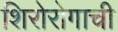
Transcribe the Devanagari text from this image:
शिरोरोगाची